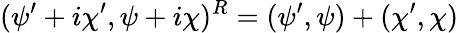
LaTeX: (\psi^{\prime}+i\chi^{\prime},\psi+i\chi)^{R}=(\psi^{\prime},\psi)+(\chi^{\prime},\chi)